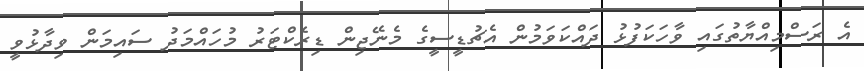
އެ ރަސްމިއްޔާތުގައި ވާހަކަފުޅު ދައްކަވަމުން އެޗުޑީސީގެ މެނޭޖިން ޑިރެކްޓަރު މުހައްމަދު ސައިމަން ވިދާޅުވީ